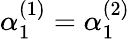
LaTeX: \alpha_{1}^{(1)}=\alpha_{1}^{(2)}